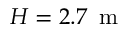
H = 2 . 7 \, \textrm { m }